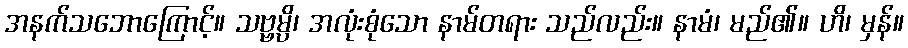
အနက်သဘောကြောင့်။ သဗ္ဗမ္ပိ၊ အလုံးစုံသော နာမ်တရား သည်လည်း။ နာမံ၊ မည်၏။ ဟိ၊ မှန်။